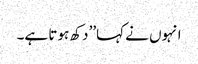
انہوں نے کہا’’دکھ ہوتا ہے۔